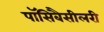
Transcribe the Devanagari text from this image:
पॉसिबैसीलरी